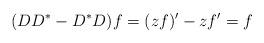
LaTeX: \begin{align*}(DD^*-D^*D)f=(zf)'-zf'=f\end{align*}